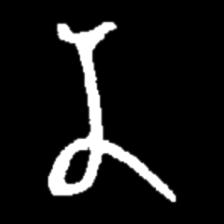
Pyu character \u2014 Myanmar letter: န (romanized: na)